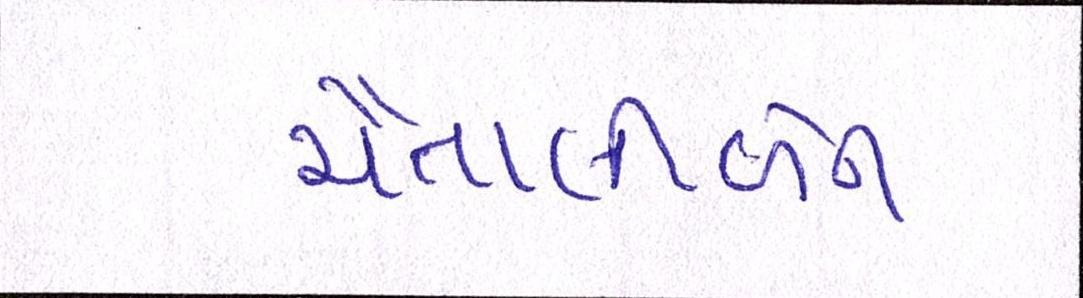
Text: ચૈતાલીબેન